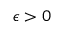
\epsilon > 0